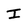
Character: I